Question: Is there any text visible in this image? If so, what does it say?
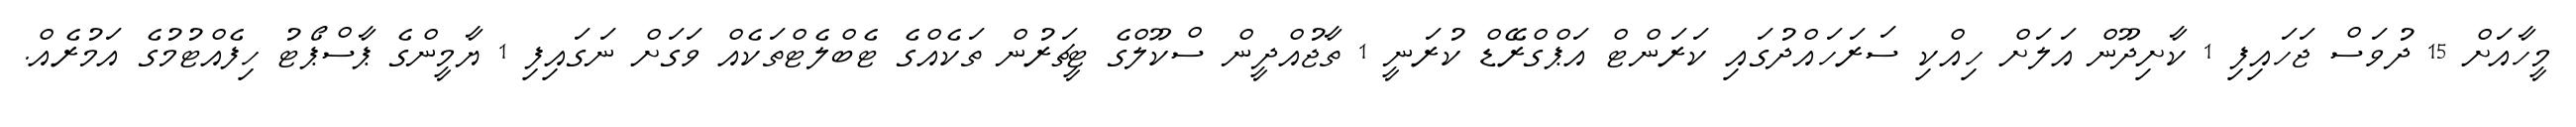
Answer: މީހާއަށް 15 ދުވަސް ޖަހައިފި 1 ކާށިދޫން އަލަށް ހިއްކި ސަރަހައްދުގައި ކަރަންޓް އަޕްގްރޭޑް ކުރަނީ 1 ތާޖުއްދީން ސްކޫލްގެ ޓީޗަރުން ތަކެއްގެ ޓެބްލެޓްތަކެއް ވަގަށް ނަގައިފި 1 ޔާމީންގެ ޕާސްޕޯޓު ހިފެއްޓުމުގެ އަމުރެއް.